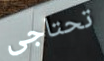
تحتاجى